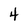
Character: 4